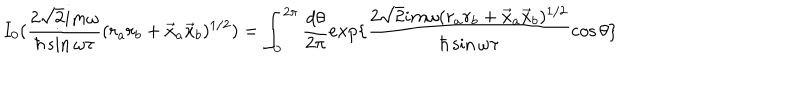
LaTeX: I _ { 0 } ( \frac { 2 \sqrt { 2 } i m \omega } { \hbar \sin \omega \tau } ( r _ { a } r _ { b } + \vec { x } _ { a } \vec { x } _ { b } ) ^ { 1 / 2 } ) = \int _ { 0 } ^ { 2 \pi } \frac { d \theta } { 2 \pi } e x p \{ \frac { 2 \sqrt { 2 } i m \omega ( r _ { a } r _ { b } + \vec { x } _ { a } \vec { x } _ { b } ) ^ { 1 / 2 } } { \hbar \sin \omega \tau } \cos \theta \}